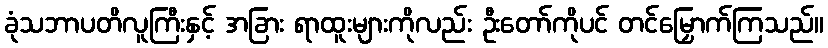
ခုံသဘာပတိလူကြီးနှင့် အခြား ရာထူးများကိုလည်း ဦးတော်ကိုပင် တင်မြှောက်ကြသည်။